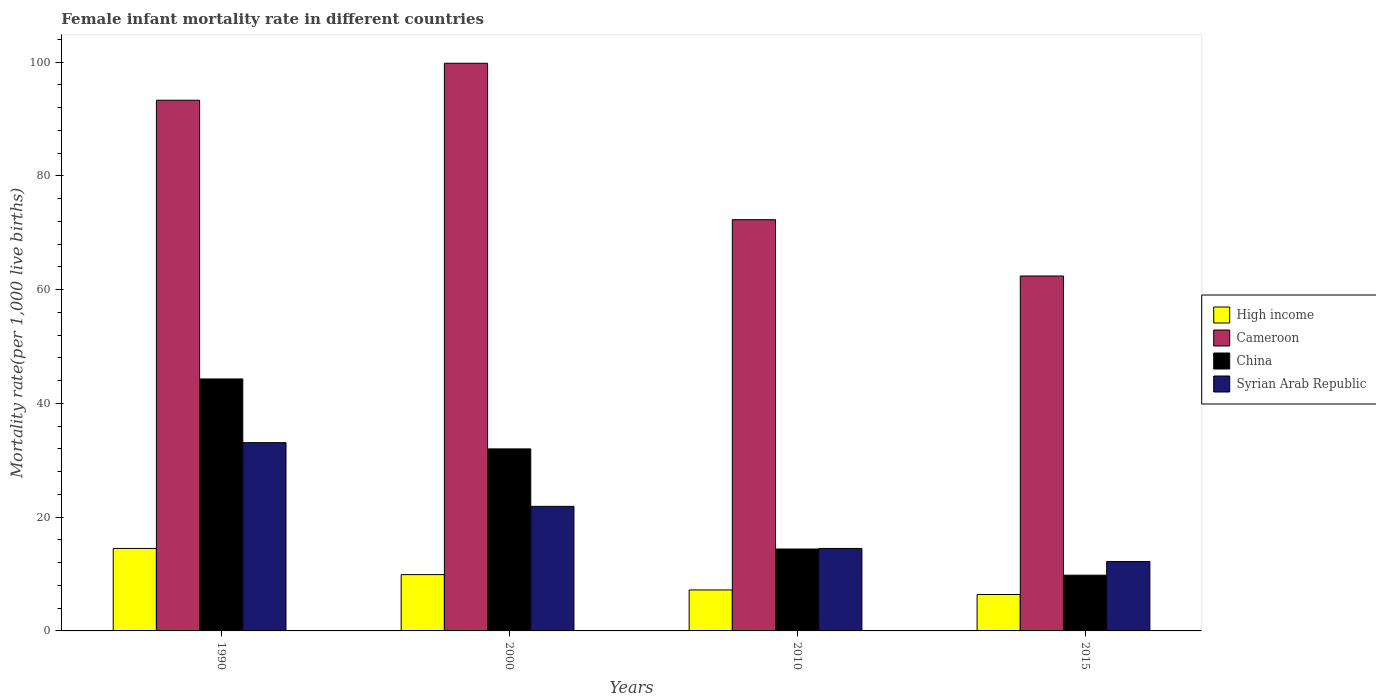
| Years | High income | Cameroon | China | Syrian Arab Republic |
 | --- | --- | --- | --- | --- |
 | 1990 | 14.5 | 93.3 | 44.3 | 33.1 |
 | 2000 | 9.9 | 99.8 | 32 | 21.9 |
 | 2010 | 7.2 | 72.3 | 14.4 | 14.5 |
 | 2015 | 6.4 | 62.4 | 9.8 | 12.2 |